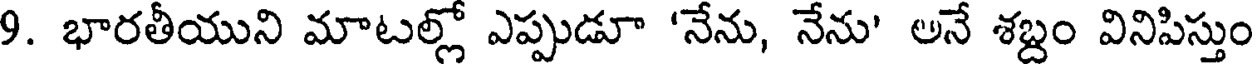
9. భారతీయుని మాటల్లో ఎప్పుడూ 'నేను, నేను' అనే శబ్దం వినిపిస్తుం